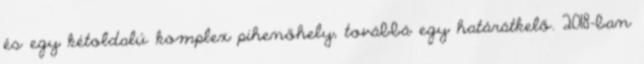
és egy kétoldalú komplex pihenőhely, továbbá egy határátkelő. 2018-ban